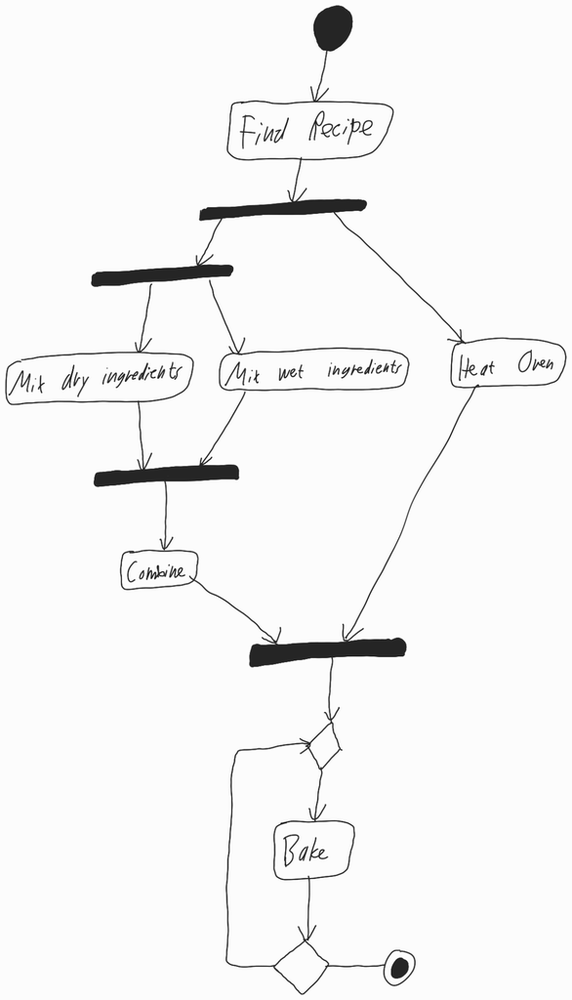
Diagram type: activity_diagram
```plantuml
@startuml

start

:Find Recipe;

fork
  fork
    :Mix dry ingredients;
  fork again
    :Mix wet ingredients;
  endfork
  :Combine;
fork again
  :Heat Oven;
end fork

repeat
  :Bake;
repeat while

stop

@enduml
```